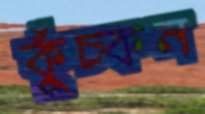
কুঁচ্‌কন